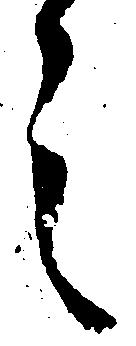
言